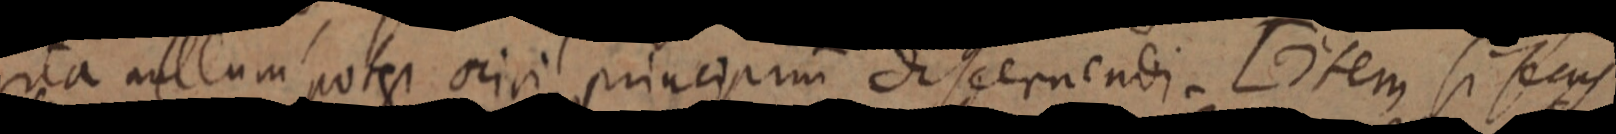
ita nullum potest oriri principim discernendi. [item si secus